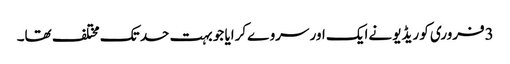
3فروری کو ریڈیو نےایک اور سروےکرایا جو بہت حد تک مختلف تھا۔